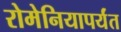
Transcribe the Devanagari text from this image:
रोमेनियापर्यंत